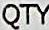
QTY